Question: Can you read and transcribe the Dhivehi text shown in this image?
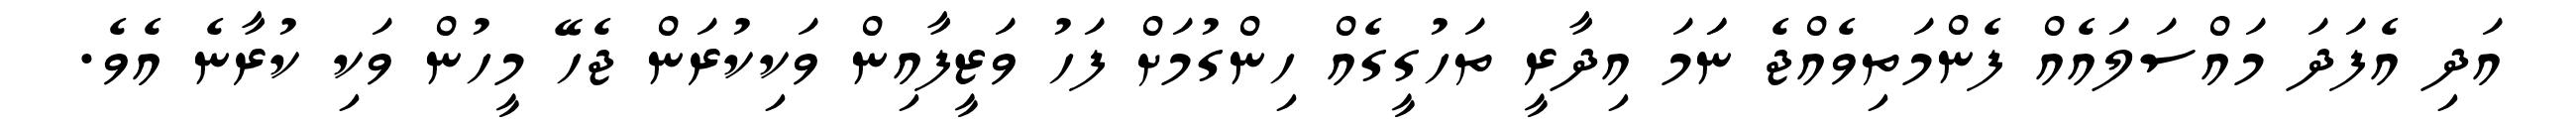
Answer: އަދި އެފަދަ މައްސަލައެއް ފެންމަތިވެއްޖެ ނަަމަ އިދާރީ ތަހުގީގެއް ހިންގުމަށް ފަހު ވަޒީފާއިން ވަކިކުރަން ޖެހޭ މީހުން ވަކި ކުރާނެ އެވެ.